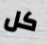
كل